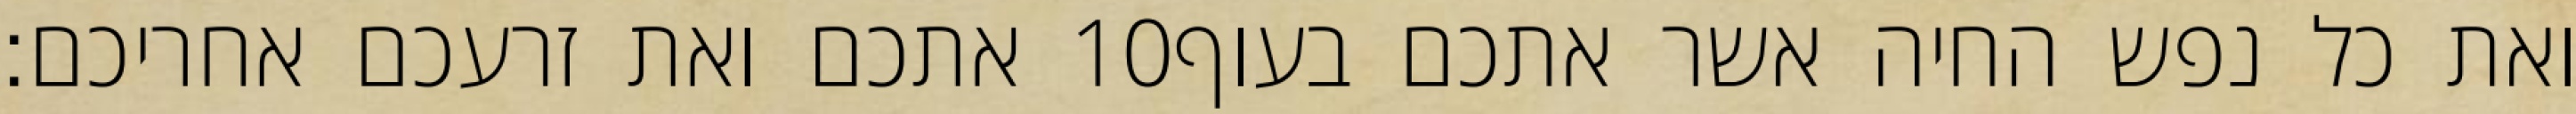
אתכם ואת זרעכם אחריכם׃ ‎10‏ ואת כל נפש החיה אשר אתכם בעוף